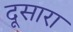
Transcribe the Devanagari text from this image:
दूसारा